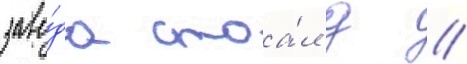
заво́да стоа́л д //